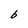
Character: b